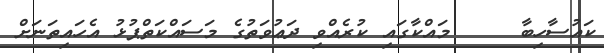
ކައުސާހިބާ     މައްކާގައި ކުރެއްވި ދަޢުވަތުގެ މަސައްކަތްޕުޅު އެހައިތަނަށް